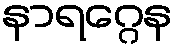
နာရဂ္ဂေန